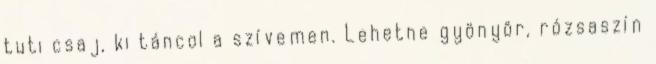
tuti csaj, ki táncol a szívemen. Lehetne gyönyör, rózsaszín